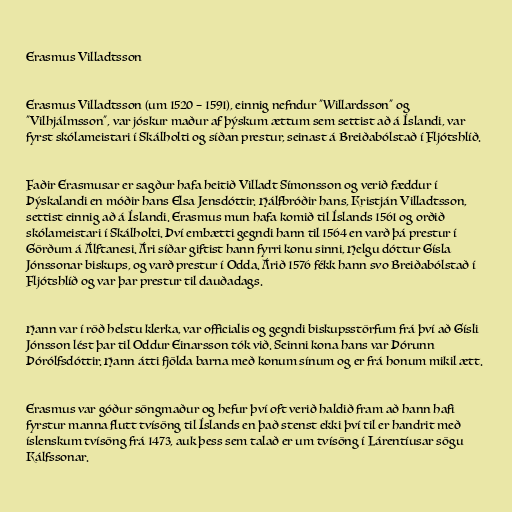
Erasmus Villadtsson

Erasmus Villadtsson (um 1520 – 1591), einnig nefndur "Willardsson" og
"Vilhjálmsson", var jóskur maður af þýskum ættum sem settist að á Íslandi, var
fyrst skólameistari í Skálholti og síðan prestur, seinast á Breiðabólstað í Fljótshlíð.

Faðir Erasmusar er sagður hafa heitið Villadt Símonsson og verið fæddur í
Þýskalandi en móðir hans Elsa Jensdóttir. Hálfbróðir hans, Kristján Villadtsson,
settist einnig að á Íslandi. Erasmus mun hafa komið til Íslands 1561 og orðið
skólameistari í Skálholti. Því embætti gegndi hann til 1564 en varð þá prestur í
Görðum á Álftanesi. Ári síðar giftist hann fyrri konu sinni, Helgu dóttur Gísla
Jónssonar biskups, og varð prestur í Odda. Árið 1576 fékk hann svo Breiðabólstað í
Fljótshlíð og var þar prestur til dauðadags.

Hann var í röð helstu klerka, var officialis og gegndi biskupsstörfum frá því að Gísli
Jónsson lést þar til Oddur Einarsson tók við. Seinni kona hans var Þórunn
Þórólfsdóttir. Hann átti fjölda barna með konum sínum og er frá honum mikil ætt.

Erasmus var góður söngmaður og hefur því oft verið haldið fram að hann hafi
fyrstur manna flutt tvísöng til Íslands en það stenst ekki því til er handrit með
íslenskum tvísöng frá 1473, auk þess sem talað er um tvísöng í Lárentíusar sögu
Kálfssonar.